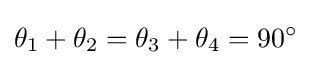
\theta _{1}+\theta _{2}=\theta _{3}+\theta _{4}=90^{\circ }